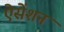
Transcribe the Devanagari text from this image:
ऐसेंशन